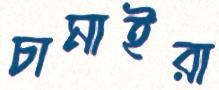
চামাইরা